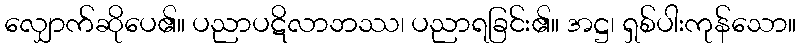
လျှောက်ဆိုပေ၏။ ပညာပဋိလာဘဿ၊ ပညာရခြင်း၏။ အဋ္ဌ၊ ရှစ်ပါးကုန်သော။